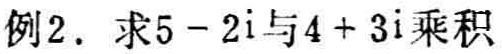
例2. 求\(5 - 2i\)与\(4 + 3i\)乘积